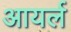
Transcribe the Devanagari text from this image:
आयर्ल